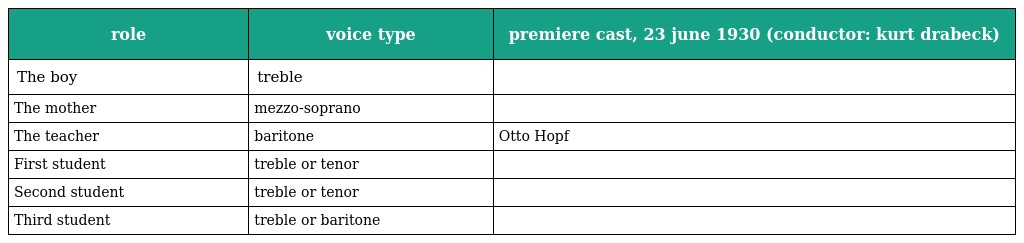
| role | voice type | premiere cast, 23 june 1930 (conductor: kurt drabeck) |
 | --- | --- | --- |
 | The boy | treble |  |
 | The mother | mezzo-soprano |  |
 | The teacher | baritone | Otto Hopf |
 | First student | treble or tenor |  |
 | Second student | treble or tenor |  |
 | Third student | treble or baritone |  |